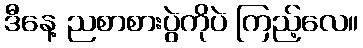
ဒီနေ့ ညစာစားပွဲကိုပဲ ကြည့်လေ။